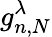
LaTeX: g_{n,N}^{\lambda}